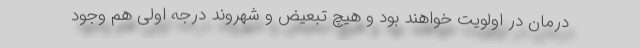
درمان در اولویت خواهند بود و هیچ تبعیض و شهروند درجه اولی هم وجود